Document type: Oath
Year: 1405
Scribe: Guillem de Lledó
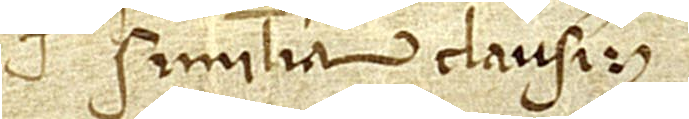
"similia", et clausit.